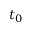
t _ { 0 }